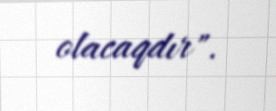
olacaqdır".